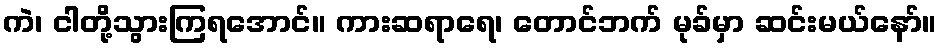
ကဲ၊ ငါတို့သွားကြရအောင်။ ကားဆရာရေ၊ တောင်ဘက် မုခ်မှာ ဆင်းမယ်နော်။